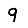
Digit: 9